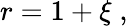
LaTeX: r=1+\xi\; ,